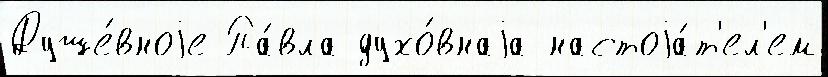
Душе́вноjе Па́вла духо́внаjа настоjа́т'ел'ем